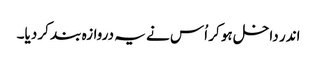
اندر داخل ہو کر اُس نے یہ دروازہ بند کر دیا۔